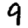
Digit: 9